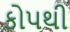
કોપથી